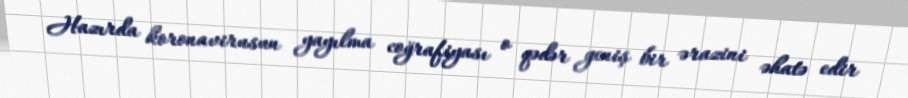
Hazırda koronavirusun yayılma coğrafiyası o qədər geniş bir ərazini əhatə edir